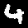
Label: 4